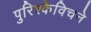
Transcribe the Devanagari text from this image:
पुरिश्केविचने